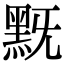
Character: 黖